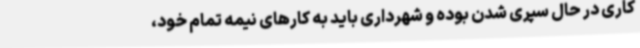
کاری در حال سپری شدن بوده و شهرداری باید به کارهای نیمه تمام خود،